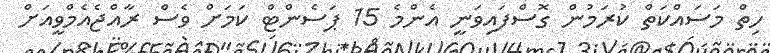
ހިތް މަސައްކަތް ކުރަމުން ގޮސްފައިވަނީ އެންމެ 15 ޕަސެންޓް ކަމަށް ވެސް ރާއްޖެއެމްވީއަށް